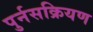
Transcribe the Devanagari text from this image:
पुर्नसक्रियण